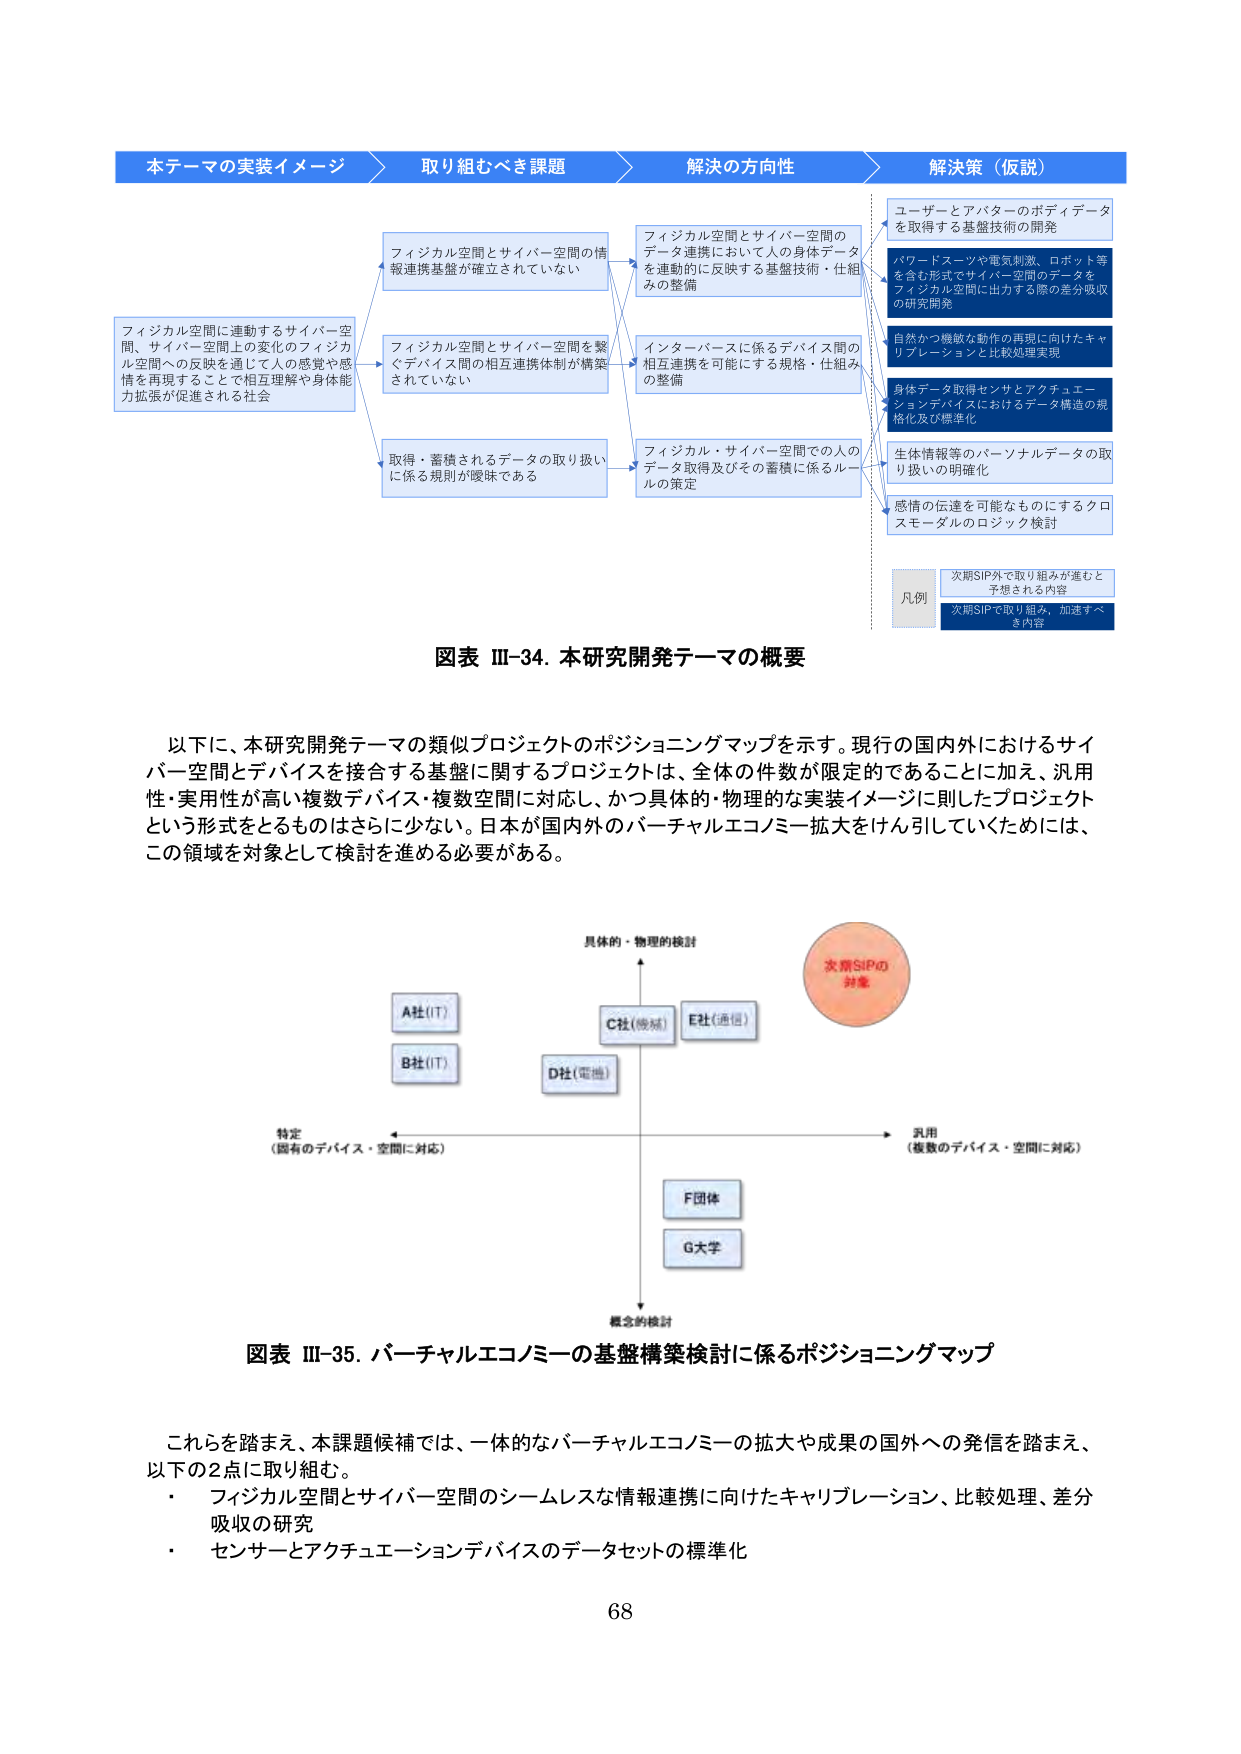
本テーマの実装イメージ
取り組むべき課題
解決の方向性
解決策（仮説）

フィジカル空間に連動するサイバー空間、サイバー空間上の変化のフィジカル空間への反映を通じて人の感覚や感情を再現することで相互理解や身体能力拡張が促進される社会

フィジカル空間とサイバー空間の情報連携基盤が確立されていない
フィジカル空間とサイバー空間を繋ぐデバイス間の相互連携体制が構築されていない
取得・蓄積されるデータの取り扱いに係る規則が曖昧である

フィジカル空間とサイバー空間のデータ連携において人の身体データを連動的に反映する基盤技術・仕組みの整備
インターパースに係るデバイス間の相互連携を可能にする規格・仕組みの整備
フィジカル・サイバー空間での人のデータ取得及びその蓄積に係るルールの策定

ユーザーとアバターのボディデータを取得する基盤技術の開発
ハードトスツや電気刺激、ロボット等を含む形式でサイバー空間のデータをフィジカル空間に出力する際の差分吸収の研究開発
自然かつ繊敏な動作の再現に向けたキャリブレーションと比較処理実現
身体データ取得センサとアクチュエーションデバイスにおけるデータ構造の規格化及び標準化
生体情報等のパーソナルデータの取り扱いの明確化
感情の伝達を可能なものにするクロスモダルのロジック検討

凡例
次期SIP外で取り組みが進むと予想される内容
次期SIPで取り組み、加速すべき内容

図表 III-34. 本研究開発テーマの概要

以下に、本研究開発テーマの類似プロジェクトのポジショニングマップを示す。現行の国内外におけるサイバー空間とデバイスを接合する基盤に関するプロジェクトは、全体の件数が限定的であることに加え、汎用性・実用性が高い複数デバイス・複数空間に対応し、かつ具体的・物理的な実装イメージに則したプロジェクトという形式をとるものはさらに少ない。日本が国内外のバーチャルエコノミー拡大をけん引していくためには、この領域を対象として検討を進める必要がある。

具体的・物理的検討
A社（IT）
B社（IT）
C社（機械）
D社（電機）
E社（通信）
F団体
G大学
概念的検討
特定（固有のデバイス・空間に対応）
汎用（複数のデバイス・空間に対応）
次期SIPの対象

図表 III-35. バーチャルエコノミーの基盤構築検討に係るポジショニングマップ

これらを踏まえ、本課題候補では、一体的なバーチャルエコノミーの拡大や成果の国外への発信を踏まえ、以下の2点に取り組む。
・ フィジカル空間とサイバー空間のシームレスな情報連携に向けたキャリブレーション、比較処理、差分吸収の研究
・ センサーとアクチュエーションデバイスのデータセットの標準化

68